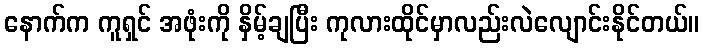
နောက်က ကူရှင် အဖုံးကို နှိမ့်ချပြီး ကုလားထိုင်မှာလည်းလဲလျောင်းနိုင်တယ်။